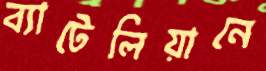
ব্যাটেলিয়ানে